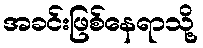
အခင်းဖြစ်နေရာသို့